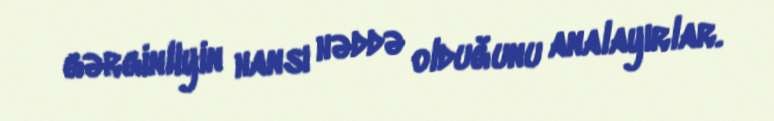
gərginliyin hansı həddə olduğunu analayırlar.